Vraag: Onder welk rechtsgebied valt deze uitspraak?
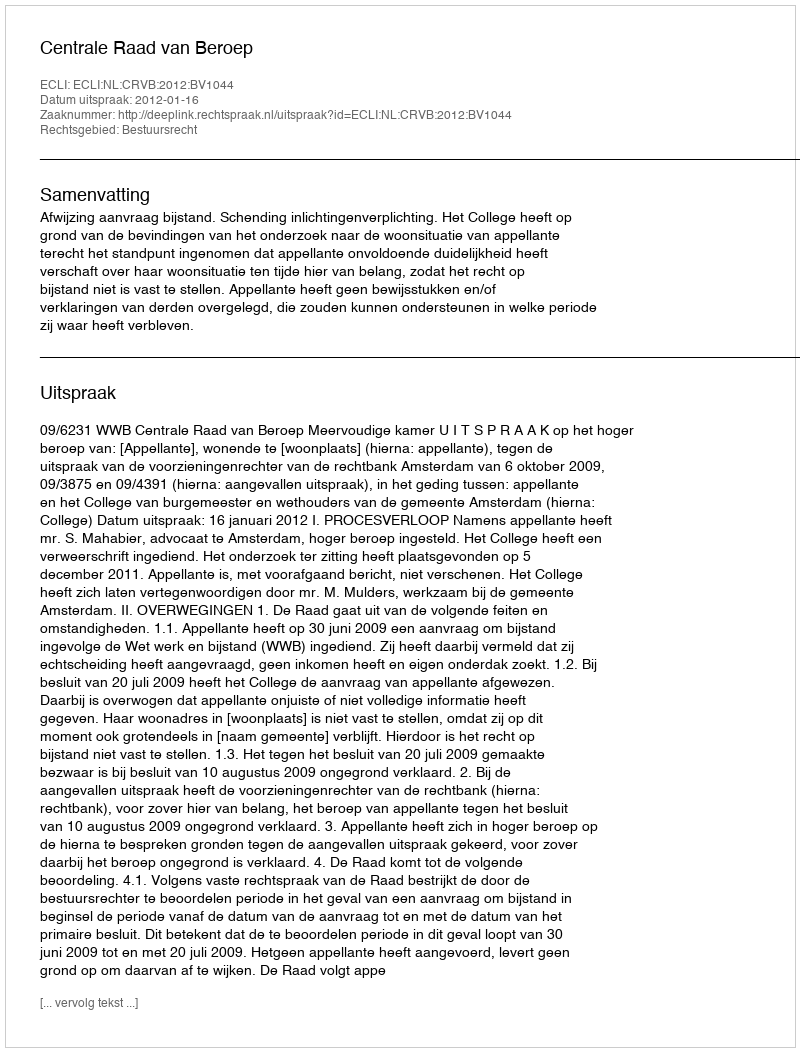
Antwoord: Bestuursrecht